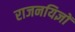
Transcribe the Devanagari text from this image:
राजनयिज्ञों